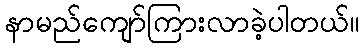
နာမည်ကျော်ကြားလာခဲ့ပါတယ်။